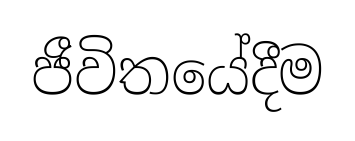
ජීවිතයේදීම